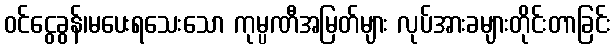
ဝင်ငွေခွန်၊မပေးရသေးသော ကုမ္ပဏီအမြတ်များ လုပ်အားခများတိုင်းတာခြင်း